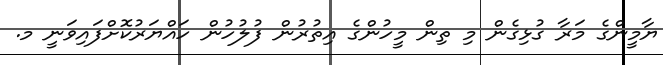
ޔާމީންގެ މަރާ ގުޅިގެން މި ތިން މީހުންގެ އިތުރުން ފުލުހުން ހައްޔަރުކޮށްފައިވަނީ މ.